Civil Veterinary Department Bengal reports 1923-33 - 1923-1933
Year: 1923
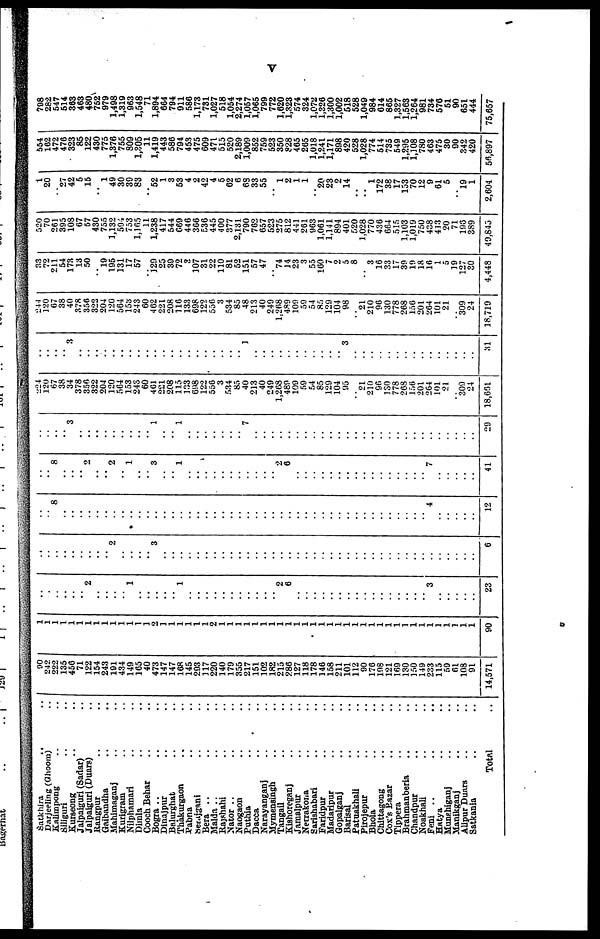
V
Satkhira ..
Darjeeling (Ghoom)
Kalimpong ..
Siliguri ..
Kurseong ..
Jalpaiguri (Sadar)
Jalpaiguri (Duars)
Rangpur ..
Gaibandha ..
Mahimaganj ..
Kurigram ..
Nilphamari ..
Dimla ..
Cooch Behar ..
Bogra .. ..
Dinajpur ..
Balurghat ..
Thakurgaon ..
Pabna ..
Serajganj ..
Bera .. ..
Malda .. ..
Rajshahi ..
Nator .. ..
Naogaon ..
Puthia ..
Dacca ..
Narayanganj ..
Mymensingh ..
Tangail ..
Kishoreganj ..
Jamalpur ..
Neurakona ..
Sarishabari ..
Faridpur ..
Madaripur ..
Gopalganj ..
Barisal ..
Patuakhali ..
Pirojepur ..
Bhola ..
Chittagong ..
Cox's Bazar ..
Tippera ..
Brahmanberia ..
Chandpur ..
Noakhali ..
Feni ..
Hatya ..
Munshiganj ..
Manikganj ..
Alipur Duars ..
Satkania ..
Total
..
..
.. ..
..
..
..
.. ..
..
..
.. ..
..
..
..
..
..
..
..
..
..
..
.. ..
..
..
.. ..
..
..
..
..
..
..
..
..
..
..
..
..
..
..
..
..
..
.. ..
..
..
..
.. ..
..
90
242
222
135
456
71
122
154
243
191
434
149
165
40
473
147
147
168
145
293
117
220
140
179
355
217
151
102
182
215
286
127
118
178
146
158
211
101
112
90
176
198
121
169
130
150
149
233
115
59
61
108
91
14,571
1
1
1
1
1
1
1
1
1
1
1
1
1
1
2
1
1
1
1
1
1
2
1
1
1
1
1
1
1
1
1
1
1
1
1
1
1
1
1
1
1
1
1
1
1
1
1
1
1
1
1
1
1
90
..
..
..
..
..
..
2
..
..
..
..
1
..
..
..
..
..
1
..
..
..
..
..
..
..
..
..
..
..
2
6
..
..
..
..
..
..
..
..
..
..
..
..
..
..
..
..
3
..
..
..
..
..
23
..
..
..
..
..
..
..
..
..
2
..
..
..
..
3
..
..
..
..
..
..
..
..
..
..
..
..
..
..
..
..
..
..
..
..
..
..
..
..
..
..
..
..
..
..
..
..
..
..
..
..
..
..
6
..
..
8
..
..
..
..
..
..
..
..
..
..
..
..
..
..
..
..
..
..
..
..
..
..
..
..
..
..
..
..
..
..
..
..
..
..
..
..
..
..
..
..
..
..
..
..
4
..
..
..
..
..
12
..
..
8
..
..
..
2
..
..
2
..
1
..
..
3
..
..
1
..
..
..
..
..
..
..
..
..
..
..
2
6
..
..
..
..
..
..
..
..
..
..
..
..
..
..
..
..
7
..
..
..
..
..
41
..
..
..
..
3
..
..
..
..
..
..
..
..
..
1
..
..
1
..
..
..
..
..
..
..
7
..
..
..
..
..
..
..
..
..
..
..
..
..
..
..
..
..
..
..
..
..
..
..
..
..
..
..
29
224
120
67
38
34
378
356
322
204
120
564
153
243
60
461
221
208
115
133
698
122
556
3
534
85
40
213
40
249
1,268
489
109
59
54
85
129
104
95
.. 21
210
96
130
778
268
156
201
264
101
21
.. 309
24
18,661
..
..
..
..
3
..
..
..
..
..
..
..
..
..
..
..
..
..
..
..
..
..
..
..
..
1
..
..
..
..
..
..
..
..
..
..
..
3
..
..
..
..
..
..
..
..
..
..
..
..
..
..
..
31
244
120
67
38
40
378
356
322
204
120
564
153
243
60
462
221
208
116
133
698
122
556
3
534
85
48
213
40
249
1,268
489
109
59
54
85
129
104
98
.. 21
210
96
130
778
268
156
201
264
101
21
.. 309
24
18,719
33
72
211
54
173
13
50
.. 19
195
131
17
57
.. 129
25
39
72
3
107
31
22
110
81
52
151
57
47
.. 74
14
23
3
55
160
7
2
5
8
..
3
16
33
17
39
19
18
16
1
5
19
127
30
4,448
520
70
261
395
108
67
57
430
755
1,132
594
753
1,165
11
1,238
417
544
669
446
366
536
445
400
377
2,131
790
762
657
523
275
812
441
261
963
1,061
1,141
894
401
520
1,028
770
436
664
515
1,103
1,019
750
438
413
20
71
196
389
49,845
1
20
.. 27
42
5
15
..
1
49
30
39
83
.. 52
1
3
53
4
2
42
4
5
62
6
68
33
55
..
1
2
1
1
.. 20
23
2
14
.. .. 1
172
38
17
153
70
12
9
61
5
.. 19
1
2,604
554
162
472
476
323
85
122
430
775
1,376
755
809
1,305
11
1,419
443
586
794
453
475
609
471
515
520
2,189
1,009
852
759
523
350
828
465
265
1,018
1,241
1,171
898
420
528
1,028
774
514
735
549
1,295
1,108
780
463
475
30
90
342
420
56,897
798
282
547
514
363
463
480
752
979
1,498
1,319
963
1,548
71
1,894
664
794
911
586
1,173
731
1,027
518
1,054
2,274
1,057
1,065
799
772
1,620
1,323
574
324
1,072
1,326
1,300
1,002
518
528
1,049
984
614
865
1,327
1,563
1,264
981
734
576
51
90
651
444
75,657